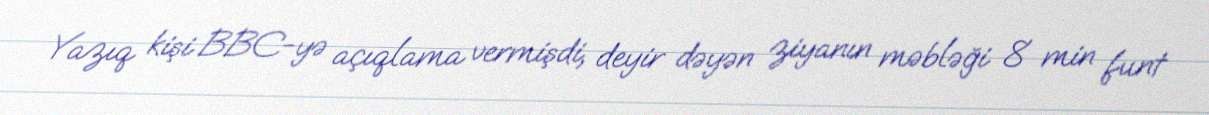
Yazıq kişi BBC-yə açıqlama vermişdi, deyir dəyən ziyanın məbləği 8 min funt